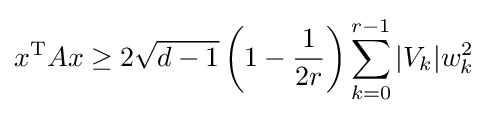
x^{\text{T}}Ax\geq 2{\sqrt {d-1}}\left(1-{\frac {1}{2r}}\right)\sum _{k=0}^{r-1}|V_{k}|w_{k}^{2}